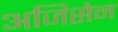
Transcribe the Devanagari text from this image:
अजिसेन